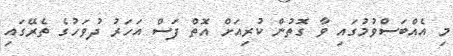
މި އެއްބަސްވުމުގައި ވާ ގޮތުން ކުރިއަށް އޮތް ފަސް އަހަރު ދުވަހުގެ ތެރޭގައި